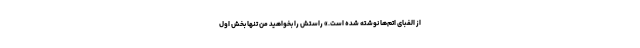
از الفبای اتم‌ها نوشته شده است.» راستش را بخواهید من تنها بخش اول